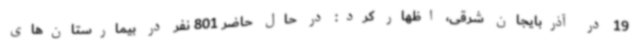
19 در آذربایجان شرقی، اظهار کرد: در حال حاضر 801 نفر در بیمارستان‌های